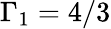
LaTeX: \Gamma_{1}=4/3